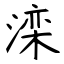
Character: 滦